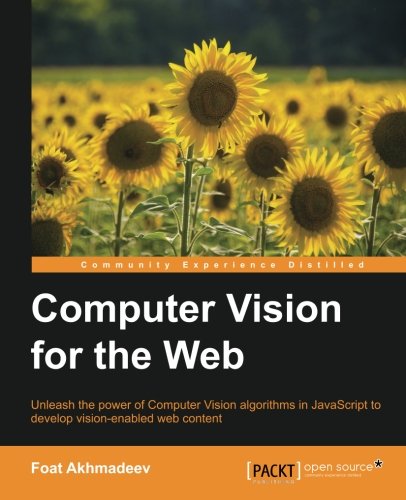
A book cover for Computer Vision for the Web; Foat Akhmadeev; Computers & Technology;